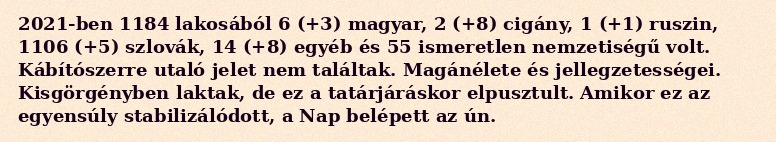
2021-ben 1184 lakosából 6 (+3) magyar, 2 (+8) cigány, 1 (+1) ruszin, 1106 (+5) szlovák, 14 (+8) egyéb és 55 ismeretlen nemzetiségű volt. Kábítószerre utaló jelet nem találtak. Magánélete és jellegzetességei. Kisgörgényben laktak, de ez a tatárjáráskor elpusztult. Amikor ez az egyensúly stabilizálódott, a Nap belépett az ún.